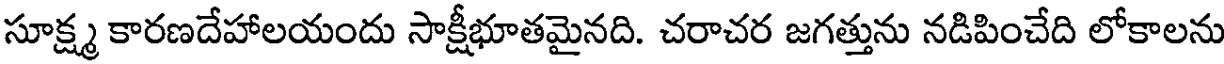
సూక్ష్మ కారణదేహాలయందు సాక్షీభూతమైనది. చరాచర జగత్తును నడిపించేది లోకాలను